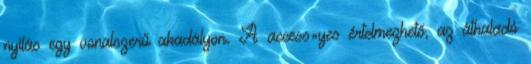
nyilás egy vonalszerű akadályon. A access=yes értelmezhető, az áthaladó